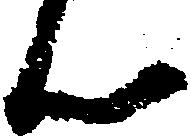
ん